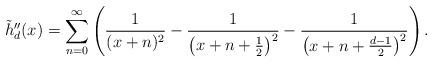
LaTeX: \begin{align*}\tilde{h}_d''(x) = \sum_{n=0}^\infty\left(\frac{1}{(x+n)^2}-\frac{1}{\left(x+n+\frac{1}{2}\right)^2}-\frac{1}{\left(x+n+\frac{d-1}{2}\right)^2}\right).\end{align*}